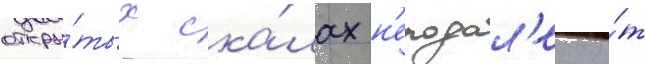
откры́тых ска́лах н'еподал'еку о́т